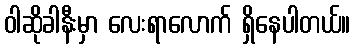
ဝါဆိုခါနီးမှာ လေးရာလောက် ရှိနေပါတယ်။